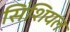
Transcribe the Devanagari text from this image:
सिंशियल